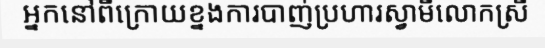
អ្នកនៅពីក្រោយខ្នងការបាញ់ប្រហារស្វាមីលោកស្រី